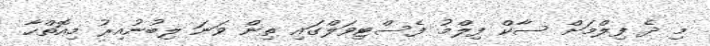
މި ދެ ފިލްމަށް ސާކް ފިލްމު ފެސްޓިވަލްގައި ތިން ވަނަ ލިބުނުއިރު މިއޮތްހާ